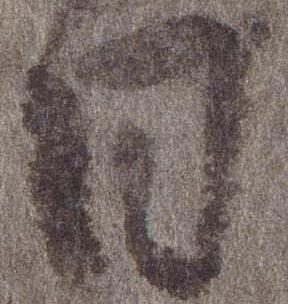
日